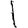
Digit: 1